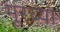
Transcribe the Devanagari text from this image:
मूरच्या